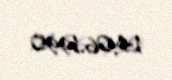
14.06.1990